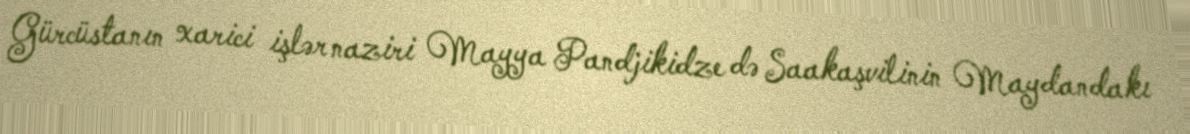
Gürcüstanın xarici işlər naziri Mayya Pandjikidze də Saakaşvilinin Maydandakı